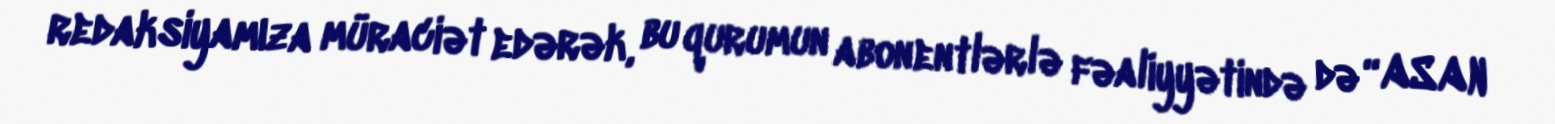
redaksiyamıza müraciət edərək, bu qurumun abonentlərlə fəaliyyətində də “ASAN